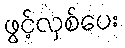
ဖွင့်လှစ်ပေး